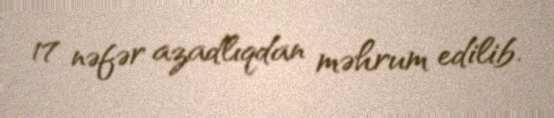
17 nəfər azadlıqdan məhrum edilib.